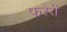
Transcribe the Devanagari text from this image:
फरेरी